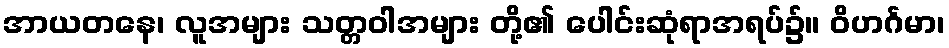
အာယတနေ၊ လူအများ သတ္တဝါအများ တို့၏ ပေါင်းဆုံရာအရပ်၌။ ဝိဟင်္ဂမာ၊